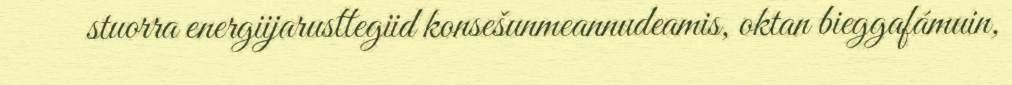
stuorra energiijarusttegiid konsešunmeannudeamis, oktan bieggafámuin,